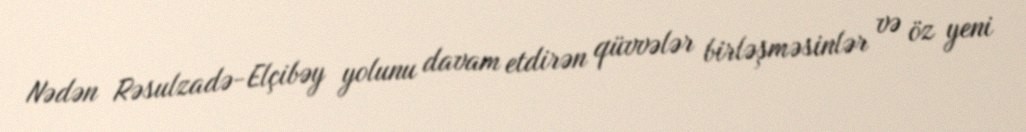
Nədən Rəsulzadə-Elçibəy yolunu davam etdirən qüvvələr birləşməsinlər və öz yeni